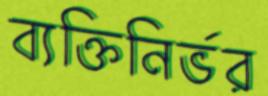
ব্যক্তিনির্ভর